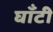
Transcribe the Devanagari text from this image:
घाँटी